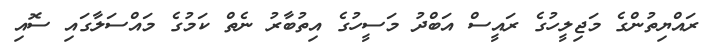
ރައްޔިތުންގެ މަޖިލީހުގެ ރައީސް އަބްދު މަސީހުގެ އިތުބާރު ނެތް ކަމުގެ މައްސަލާގައި ސޮއި